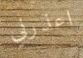
اعذرني